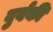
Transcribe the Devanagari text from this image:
बुर्बकी